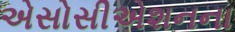
એસોસીએશનના